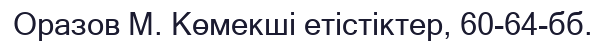
Оразов М. Көмекші етістіктер, 60-64-бб.